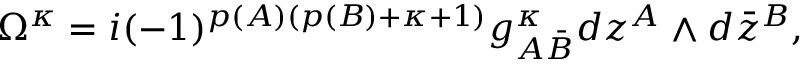
\Omega ^ { \kappa } = i ( - 1 ) ^ { p ( A ) ( p ( B ) + \kappa + 1 ) } g _ { A { \bar { B } } } ^ { \kappa } d z ^ { A } \wedge d { \bar { z } } ^ { B } ,